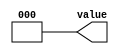
module dut_7(output wire [2:0] value);
   parameter select = 0;
   case (select)
     0: begin
	function [2:0] funfun;
	   input integer in;
	   funfun = in;
	endfunction 
	assign value = funfun(select);
     end
     1: begin
	function [2:0] funfun;
	   input integer in;
	   funfun = in;
	endfunction 
	assign value = funfun(1);
     end
     2: assign value = 2;
     3: assign value = 3;
     default:
       assign value = 7;
   endcase 
endmodule